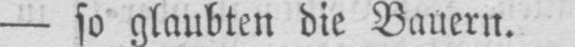
- so glaubten die Bauern.